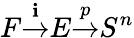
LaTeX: F{\overset{\mathbf{i}}{\to}}E{\overset{p}{\to}}S^{n}